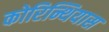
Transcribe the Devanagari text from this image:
कोरिन्थियास